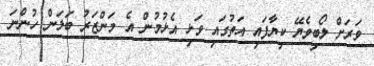
ވަރަށް ލޯބިވެޔޭ ކިޔާފައި އަތުގައި ވަޅި އެޅުމުން އެ މަންޒަރު ބަލަން ހުންނަ